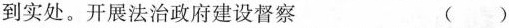
到实处。开展法治政府建设督察 ()